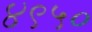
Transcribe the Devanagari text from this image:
४९५०